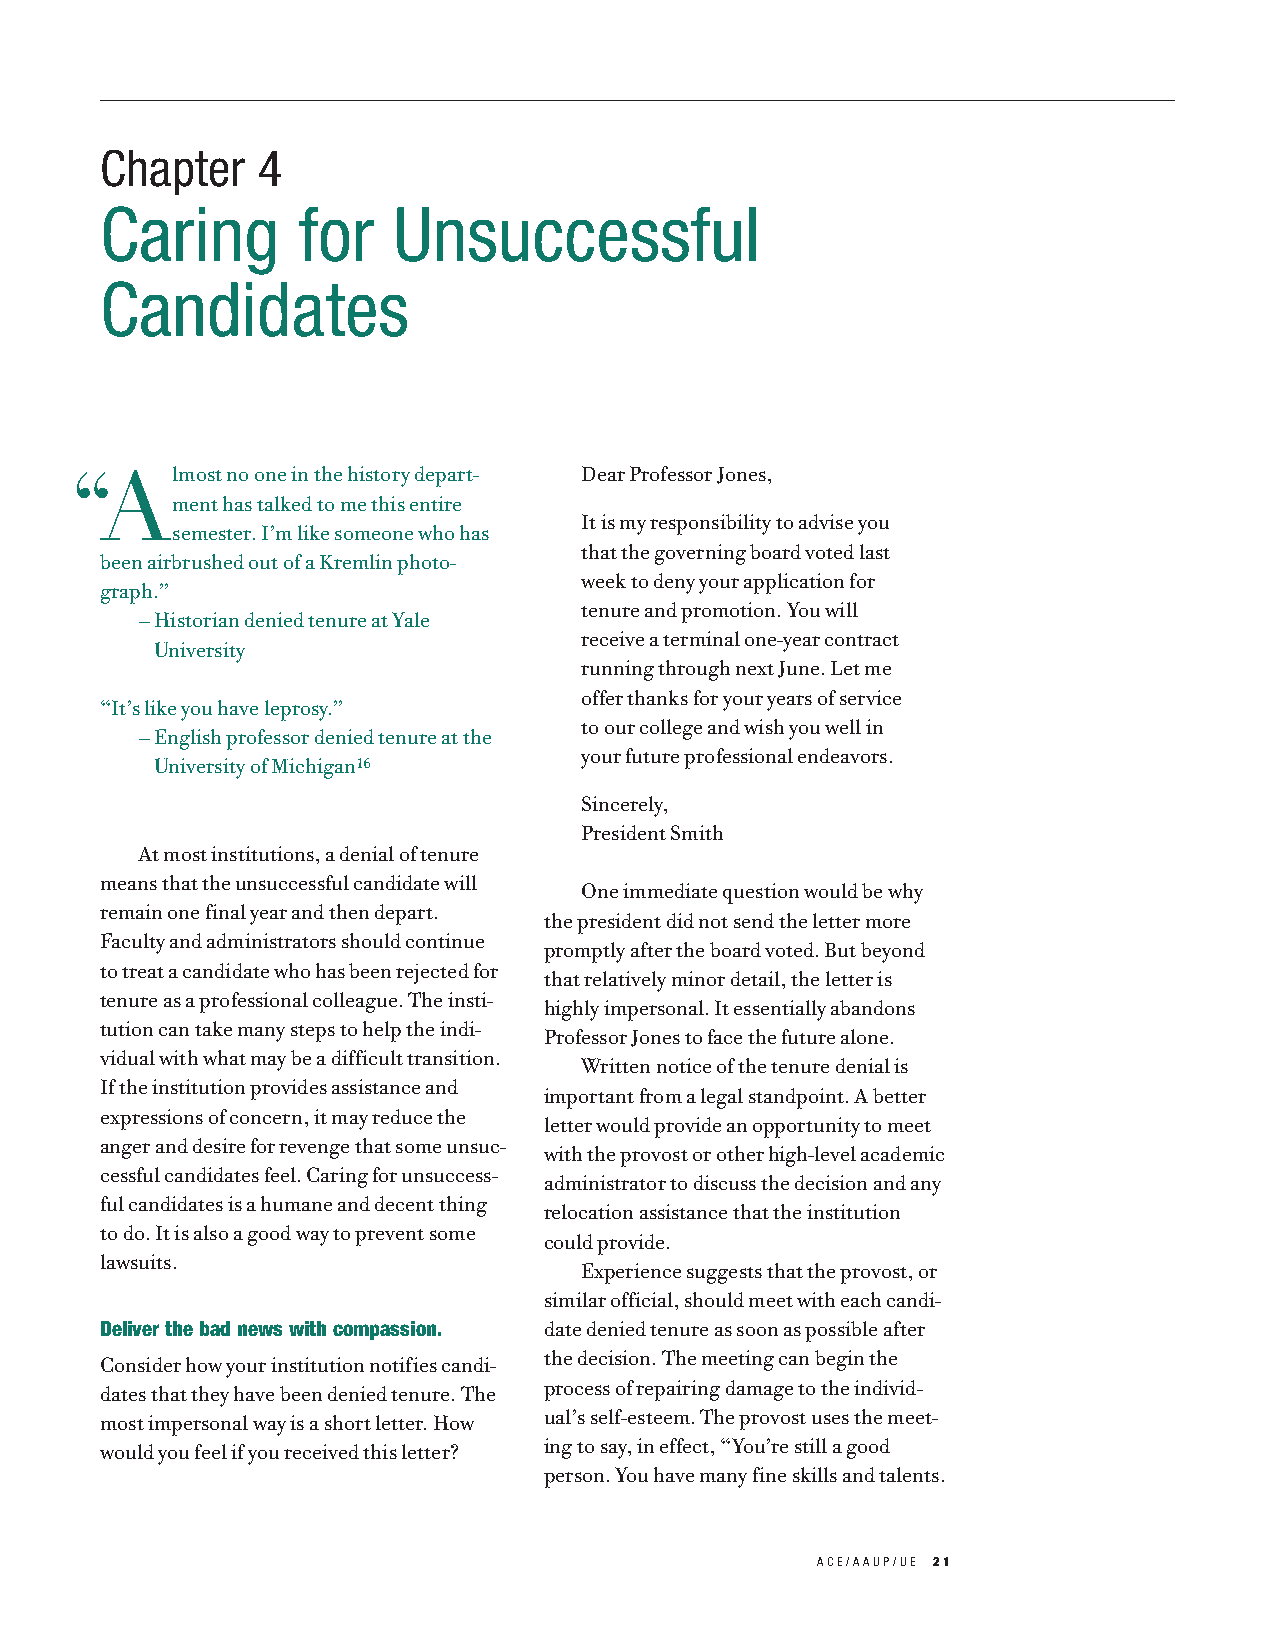
Chapter   4
 Caring       for   Unsuccessful
 Candidates
 “Almost   no one in the history depart- Dear Professor Jones,
 ment has talked to me this entire
 It is my responsibility to advise you
 semester. I’m like someone who has
 that the governing board voted last
 been airbrushed out of a Kremlin photo-
 week to deny your application for
 graph.”
 tenure and promotion. You will
 —Historian denied tenure at Yale
 receive a terminal one-year contract
 University
 running through next June. Let me
 offer thanks for your years of service
 “It’s like you have leprosy.”
 to our college and wish you well in
 —English professor denied tenure at the
 your future professional endeavors.
 University of Michigan16
 Sincerely,
 President Smith
 At most institutions, a denial of tenure
 means that the unsuccessful candidate will
 One immediate question would be why
 remain one final year and then depart.
 the president did not send the letter more
 Faculty and administrators should continue
 promptly after the board voted. But beyond
 to treat a candidate who has been rejected for
 that relatively minor detail, the letter is
 tenure as a professional colleague. The insti-
 highly impersonal. It essentially abandons
 tution can take many steps to help the indi-
 Professor Jones to face the future alone.
 vidual with what may be a difficult transition.
 Written notice of the tenure denial is
 If the institution provides assistance and
 important from a legal standpoint. A better
 expressions of concern, it may reduce the
 letter would provide an opportunity to meet
 anger and desire for revenge that some unsuc-
 with the provost or other high-level academic
 cessful candidates feel. Caring for unsuccess-
 administrator to discuss the decision and any
 ful candidates is a humane and decent thing
 relocation assistance that the institution
 to do. It is also a good way to prevent some
 could provide.
 lawsuits.
 Experience suggests that the provost, or
 similar official, should meet with each candi-
 Deliver the bad news with compassion. date denied tenure as soon as possible after
 Consider how your institution notifies candi- the decision. The meeting can begin the
 dates that they have been denied tenure. The process of repairing damage to the individ-
 most impersonal way is a short letter. How ual’s self-esteem. The provost uses the meet-
 would you feel if you received this letter? ing to say, in effect, “You’re still a good
 person. You have many fine skills and talents.
 ACE/AAUP/UE 21